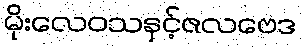
မိုးလေဝသနှင့်ဇလဗေဒ